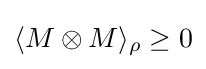
\langle M\otimes M\rangle _{\rho }\geq 0